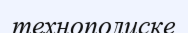
технополиске